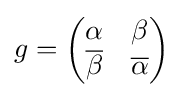
g={\begin{pmatrix}\alpha &\beta \\{\overline {\beta }}&{\overline {\alpha }}\end{pmatrix}}